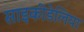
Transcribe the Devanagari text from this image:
साइकीडेलिया